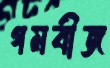
গমবীজ